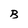
Character: B